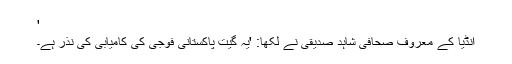
'
انڈیا کے معروف صحافی شاہد صدیقی نے لکھا: 'یہ گیت پاکستانی فوجی کی کامیابی کی نذر ہے۔